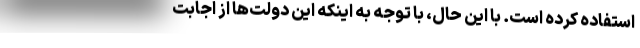
استفاده کرده است. با این حال، با توجه به اینکه این دولت‌ها از اجابت